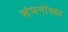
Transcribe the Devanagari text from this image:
संघनांच्या